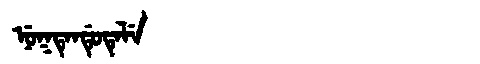
Manchu: ᠨᡠᡴᡨᡝᠨᡩᡠᡨᡝᠯᡝ
Romanization: NUKTENDUTELE